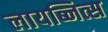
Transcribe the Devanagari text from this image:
लायब्नित्स